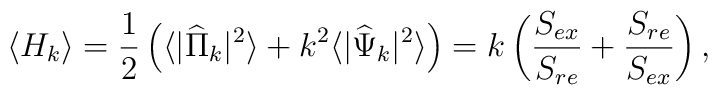
\langle H_k\rangle ={1\over 2}\left(\langle|{\widehat\Pi}_k|^2\rangle+k^2 \langle  |{\widehat\Psi}_k|^2\rangle \right) = k\left({S_{ex}\over S_{re}} + {S_{re}\over S_{ex}}\right),